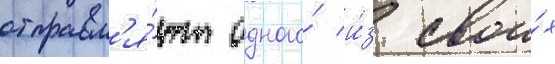
отправл'я́ют одного́ и́з свои́х